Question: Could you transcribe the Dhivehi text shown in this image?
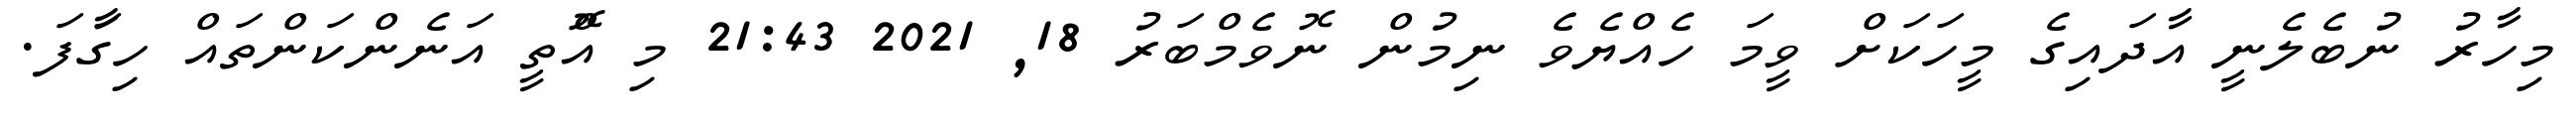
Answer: މިހާރު ނުބެލެނީ އާދައިގެ މީހަކަށް ވީމަ ހެއްޔެވެ ނިމުން ނޮވެމްބަރު 18, 2021 21:43 މި އްޮތީ އަނެންކަންތައް ހިގަާފަ.